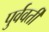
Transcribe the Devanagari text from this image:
पुर्ववर्ती